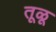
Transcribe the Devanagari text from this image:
तूळू